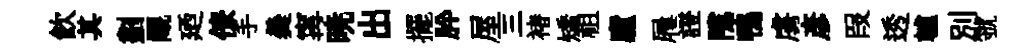
飲其劃覼廼僚手羮𡩋暁出擺肸屋三褚矯祖廬屨證隲鴨虜彥叚透轤别虢